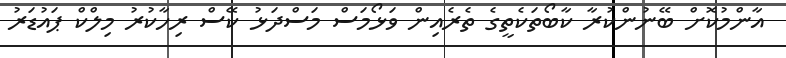
އާންމުކޮށް ބޭނުންކުރާ ކާބޯތަކެތީގެ ތެރެއިން ވަޅޯމަސް މަސްދަޅު ކޭސް ރިހާކުރު މިލްކް ޕައުޑަރު